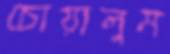
চোয়ালুম